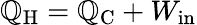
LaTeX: \mathbb{Q}_{\mathrm{{{H}}}}=\mathbb{Q}_{\mathrm{{{C}}}}+W_{\mathrm{{{in}}}}